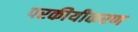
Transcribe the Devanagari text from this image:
परकीयीकरण